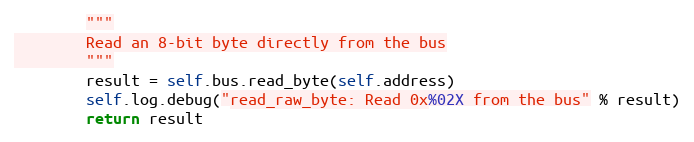
Language: Python
        """
        Read an 8-bit byte directly from the bus
        """
        result = self.bus.read_byte(self.address)
        self.log.debug("read_raw_byte: Read 0x%02X from the bus" % result)
        return result